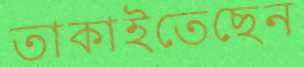
তাকাইতেছেন